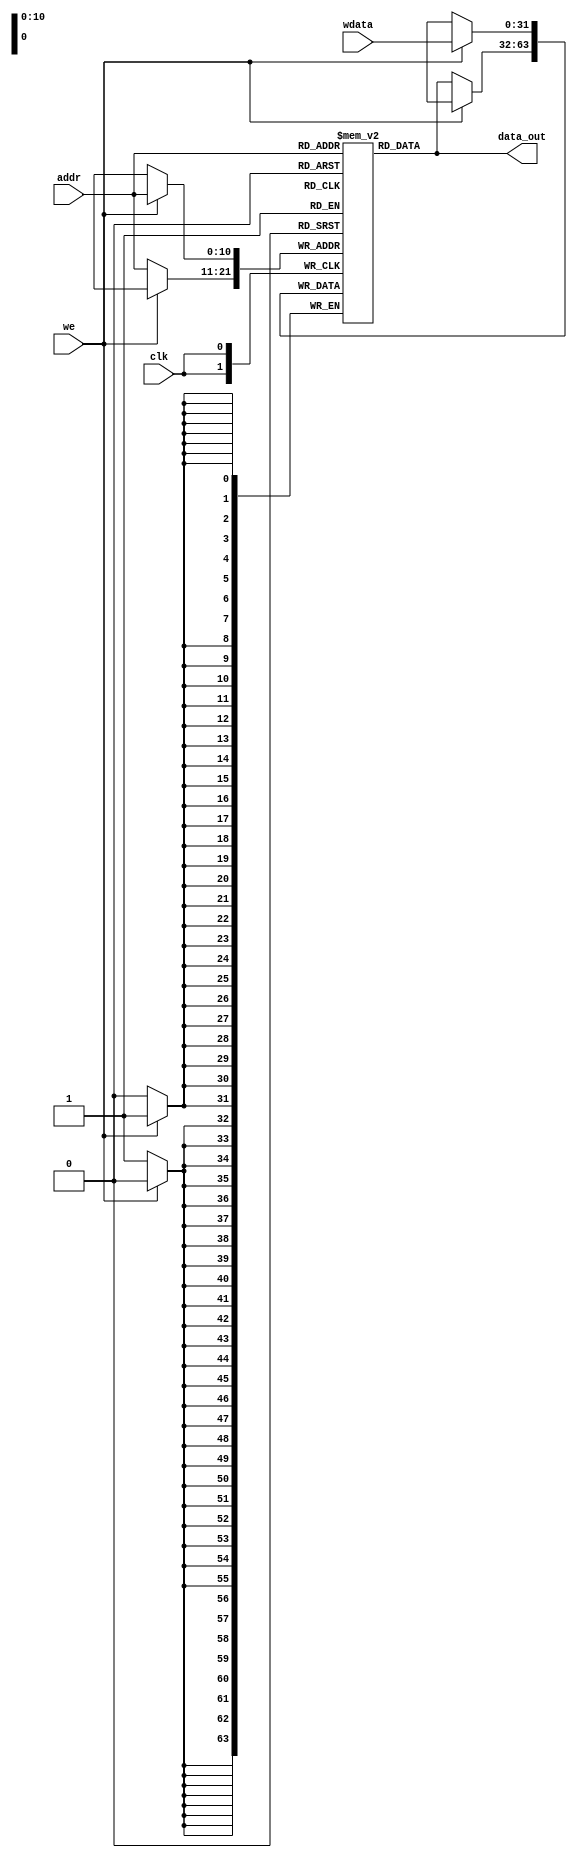
`timescale 1ns / 1ps
module dmem(
	input [10:0]addr,
	input [31:0]wdata,
	input clk,
	input we,
	output [31:0]data_out
);
	
	reg [31:0]memory[0:2047];

	integer i;
	initial begin
		for(i = 0; i <= 2047; i = i +1) begin
			memory[i] = 32'b0;
		end
	end

	always @(negedge clk) begin
		if(we) begin
			memory[addr] <= wdata;
		end else begin
			memory[addr] <= memory[addr];
		end
	end
	
	assign data_out = memory[addr];
endmodule